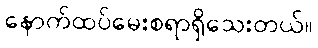
နောက်ထပ်မေးစရာရှိသေးတယ်။